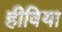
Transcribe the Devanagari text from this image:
हीविया